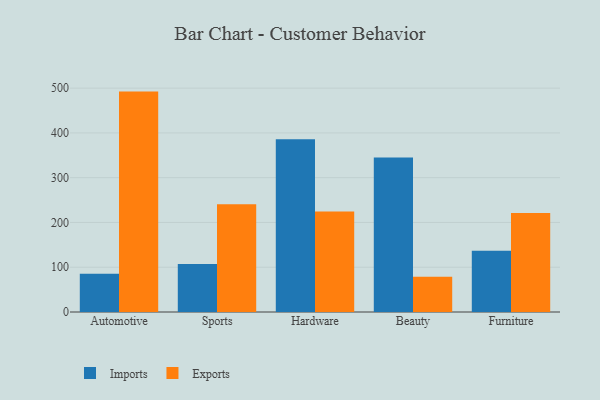
{"axis": {"x": "Category", "y": "Conversion Rate (%)"}, "legend": ["Exports", "Imports"], "data": [{"x": "Automotive", "y": 85.2, "type": "Imports"}, {"x": "Automotive", "y": 492.2, "type": "Exports"}, {"x": "Sports", "y": 107.1, "type": "Imports"}, {"x": "Sports", "y": 240.9, "type": "Exports"}, {"x": "Hardware", "y": 386.0, "type": "Imports"}, {"x": "Hardware", "y": 224.4, "type": "Exports"}, {"x": "Beauty", "y": 344.8, "type": "Imports"}, {"x": "Beauty", "y": 78.7, "type": "Exports"}, {"x": "Furniture", "y": 136.9, "type": "Imports"}, {"x": "Furniture", "y": 220.9, "type": "Exports"}]}